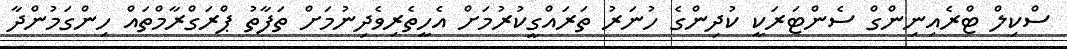
ސްކިލް ޓްރެއިނިންގް ސެންޓަރަކީ ކުދިންގެ ހުނަރު ތަރައްގީކުރުމަށް އެހީތެރިވެދިނުމަށް ތަފާތު ޕްރަގްރާމްތައް ހިންގަމުންދާ